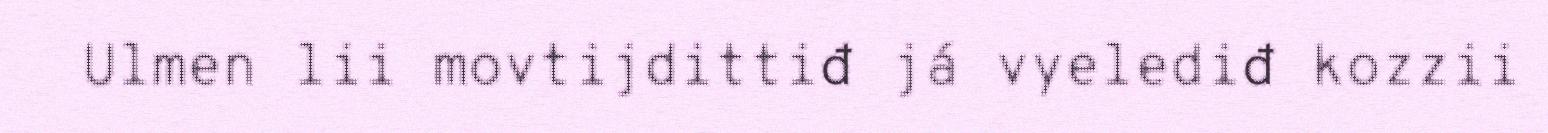
Ulmen lii movtijdittiđ já vyelediđ kozzii